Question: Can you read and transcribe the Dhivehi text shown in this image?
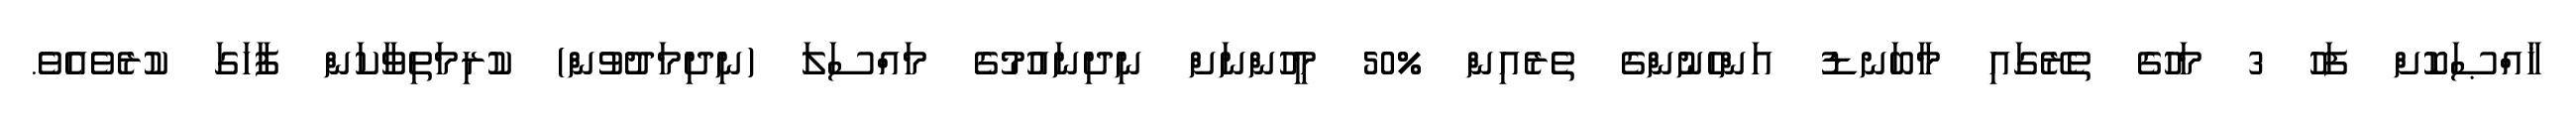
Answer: ޚާއްޞަކޮށް ފަހު 3 މަހުގެ ތެރޭގައި މާބަނޑު އަންހެނުންގެ ތެރެއިން %50 މީހުންނަށް ނިދިނައުމުގެ މައްސަލަ (ނިދިމަދުވުން) ކުރިމަތިވާކަން ފާހަގަ ކުރެވެއެވެ.